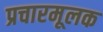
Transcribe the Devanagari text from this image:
प्रचारमूलक